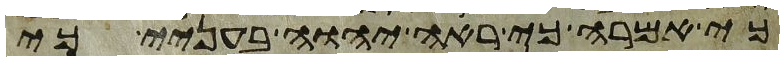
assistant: כי אמרה כי ראה יהוה בעניי כי